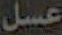
عسل